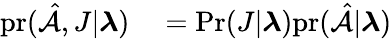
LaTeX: \begin{array}{rl}{\mathrm{pr}(\hat{\mathcal{A}},J|\boldsymbol{\lambda})}&{{}=\mathrm{Pr}(J|\boldsymbol{\lambda})\mathrm{pr}(\hat{\mathcal{A}}|\boldsymbol{\lambda})}\end{array}